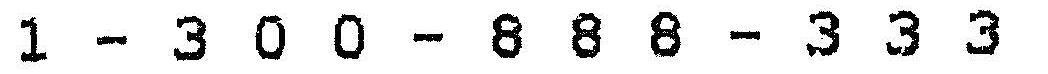
1 - 3 0 0 - 8 8 8 - 3 3 3